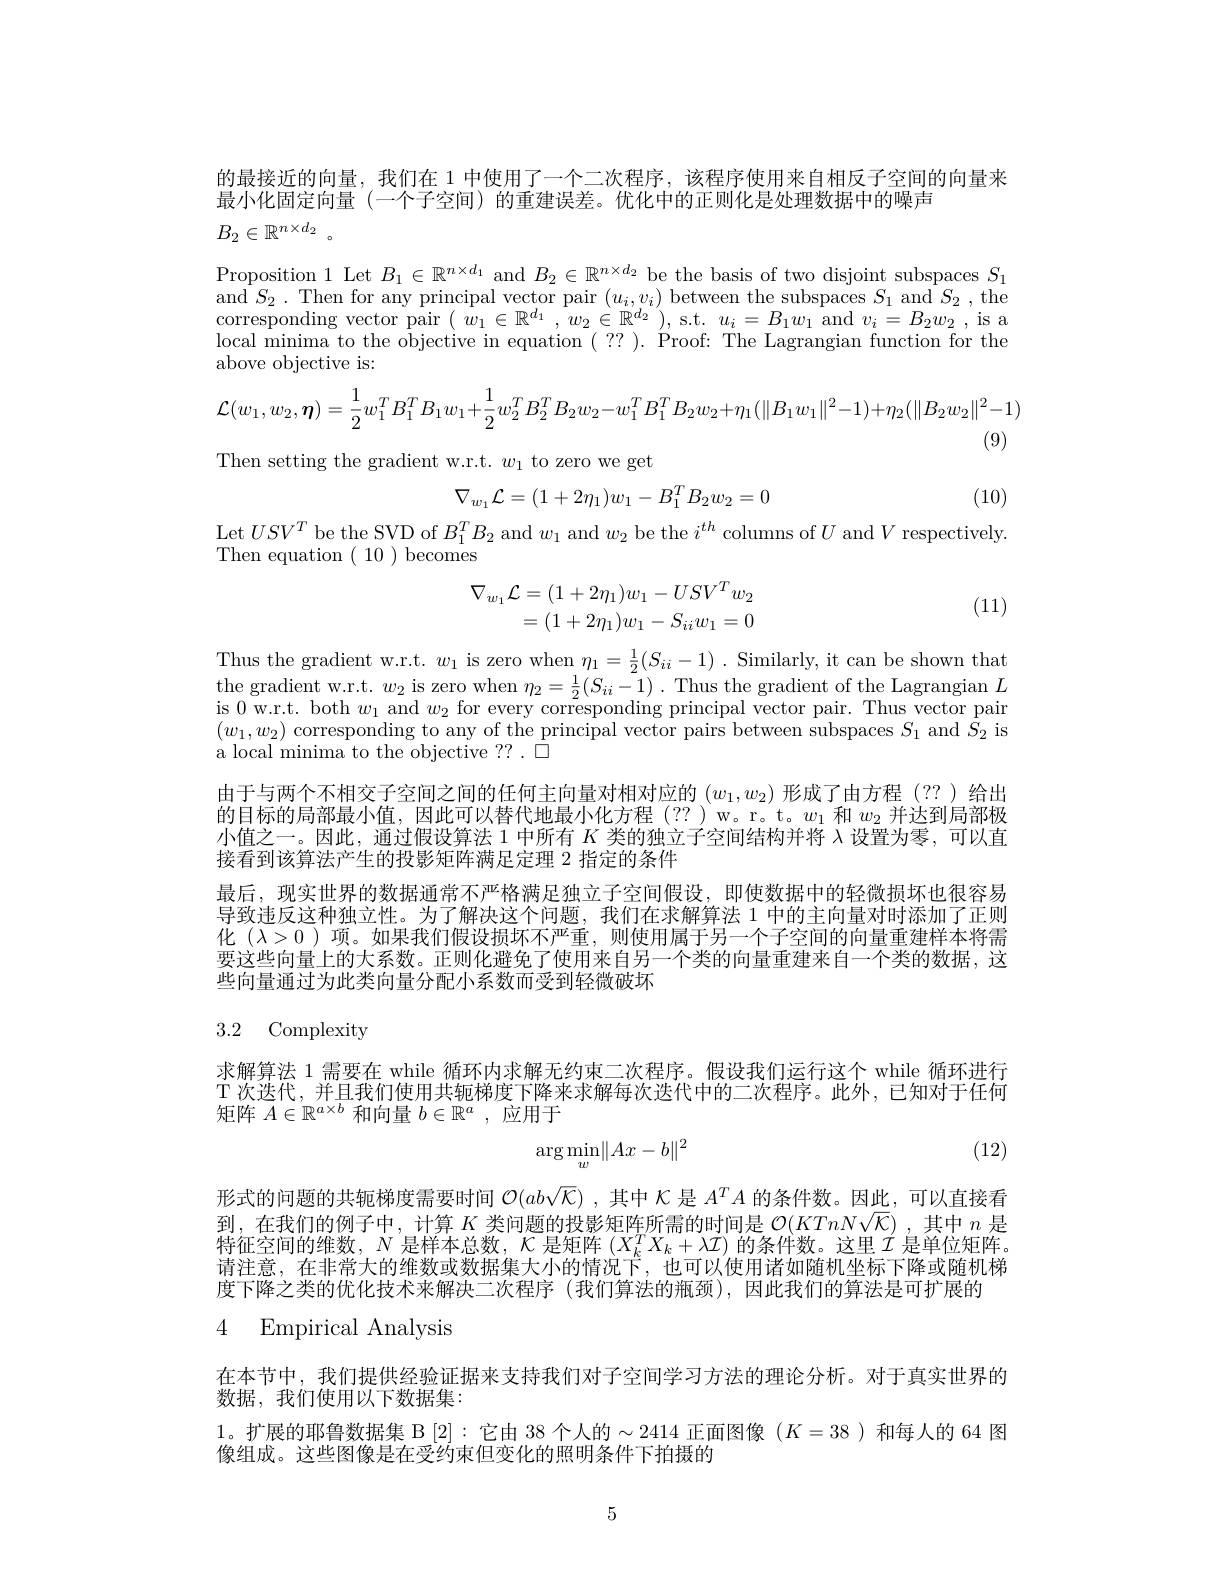
的最接近的向量，我们在 1 中使用了一个二次程序，该程序使用来自相反子空间的向量来
最小化固定向量(一个子空间) 的重建误差。优化中的正则化是处理数据中的噪声
$$B_2\in\mathbb{R}^{n\times d_2}$$
Proposition 1 Let $B_1\in\mathbb{R}^{n\times d_1}$ and $B_2\in\mathbb{R}^{n\times d_2}$ be the basis of two disjoint subspaces $S_1$ and $S_2.$ Then for any principal vector pair $(u_i,v_i)$ between the subspaces $S_1$ and $S_2$, the $\bar{\text{corresponding vector pair }}(\begin{array}{c}{\dot{w}_{1}\in\mathbb{R}^{d_{1}}}\end{array},w_{2}\in\mathbb{R}^{d_{2}})$,s.t. $u_i=B_1w_{1}$ and $v_i=B_2w_{2}$, is a local minima to the objective in equation $(\begin{array}{c}??\end{array}).\begin{array}{c}\mathrm{Proof:~The~Lagrangian~function~for~the}\end{array}$ above objective is:
$$\mathcal{L}(w_{1},w_{2},\eta)=\frac{1}{2}w_{1}^{T}B_{1}^{T}B_{1}w_{1}+\frac{1}{2}w_{2}^{T}B_{2}^{T}B_{2}w_{2}-w_{1}^{T}B_{1}^{T}B_{2}w_{2}+\eta_{1}(\|B_{1}w_{1}\|^{2}-1)+\eta_{2}(\|B_{2}w_{2}\|^{2}-1)$$
(9)
Then setting the gradient w.r.t. $w_1$ to zero we get
$$\nabla_{w_1}\mathcal{L}=(1+2\eta_1)w_1-B_1^TB_2w_2=0$$
(10)

Let $USV^{T}$ be the SVD of $B_1^{T}B_{2}$ and $w_1$ and $w_2$ be the $i^th$ columns of $U$ and $V$ respectively.
Then equation $(\begin{array}{c}10\end{array})$becomes

(11)
$$\begin{aligned}\nabla_{w_1}\mathcal{L}&=(1+2\eta_1)w_1-USV^Tw_2\\&=(1+2\eta_1)w_1-S_{ii}w_1=0\end{aligned}$$
Thus the gradient w.r.t. $w_1$ is zero when $\eta_1=\frac12(S_{ii}-1)$ .Similarly, it can be shown that $\begin{array}{c}\text{the gradient w.r.t. }w_{2}\text{ is zero when }\eta_{2}=\frac{1}{2}(S_{ii}-1)\:.\begin{array}{c}\text{Thus the gradient of the Lagrangian }L\\\text{The }&\text{The the gradient of the Lagrangian }L\end{array}\end{array}$ is 0 w.r.t. both $w_1$ and $w_2$ for every corresponding principal vector pair. Thus vector pair $(w_1,w_2)$ corresponding to any of the principal vector pairs between subspaces $S_1$ and $S_2$ is a local minima to the objective ?? . 0
由于与两个不相交子空间之间的任何主向量对相对应的$(w_1,w_2)$形成了由方程 (??)给出的目标的局部最小值。因此可以替代地最小化方程(??)w。r。t。$w_1$和$w_{2}$并讨到局部极小值之一。因此，通过假设算法 1 中所有$K$类的独立子空间结构并将$\lambda$设置为零，可以直接看到该算法产生的投影矩阵满足定理 2 指定的条件
最后，现实世界的数据通常不严格满足独立子空间假设，即使数据中的轻微损坏也很容易导致违反这种独立性。为了解决这个问题，我们在求解算法 1 中的主向量对时添加了正则化$(\lambda>0)$项。如果我们假设损坏不严重，则使用属于另一个子空间的向量重建样本将需要这些向量上的大系数。正则化避免了使用来自另一个类的向量重建来自一个类的数据，这些向量通过为此类向量分配小系数而受到轻微破坏

## 3.2 Complexity

求解算法 1 需要在 while 循环内求解无约束二次程序。假设我们运行这个 while 循环进行T 次迭代，并且我们使用共轭梯度下降来求解每次迭代中的二次程序。此外，已知对于任何矩阵$A\in\mathbb{R}^a\times b$和向量$b\in\mathbb{R}^a$ ,应用于

(12)
$$\arg\min_w\lVert Ax-b\rVert^2$$
形式的问题的共轭梯度需要时间$\mathcal{O}(ab\sqrt{\mathcal{K}})$ ,其中$\mathcal{K}$是$A^TA$的条件数。因此，可以直接看到，在我们的例子中，计算$K$类问题的投影矩阵所需的时间是$\mathcal{O}(KTnN\sqrt{\mathcal{K}})$,其中$n$是特征空间的维数，$N$是样本总数，$\mathcal{K}$是矩阵$(X_k^TX_k+\lambda\mathcal{I})$的条件数。这里$\mathcal{I}$是单位矩阵。请注意，在非常大的维数或数据集大小的情况下，也可以使用诸如随机坐标下降或随机梯度下降之类的优化技术来解决二次程序 (我们算法的瓶颈),因此我们的算法是可扩展的

# 4 Empirical Analysis

在本节中，我们提供经验证据来支持我们对子空间学习方法的理论分析。对于真实世界的
数据，我们使用以下数据集：
1。扩展的耶鲁数据集 B [2]:它由 38 个人的$\sim2414$正面图像$(K=38$ )和每人的 64 图
像组成。这些图像是在受约束但变化的照明条件下拍摄的

5